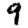
Digit: 9